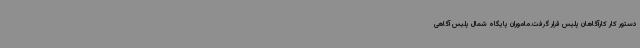
دستور کار کارآگاهان پلیس قرار گرفت.ماموران پایگاه شمال پلیس آگاهی